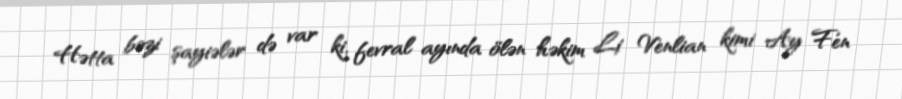
Hətta bəzi şayiələr də var ki, fevral ayında ölən həkim Li Venlian kimi Ay Fen